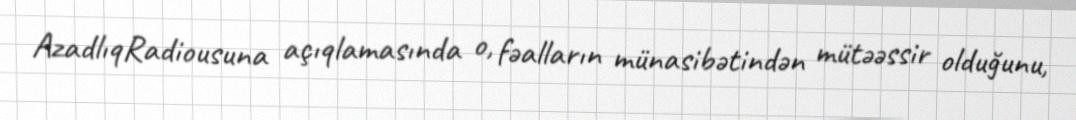
AzadlıqRadiousuna açıqlamasında o, fəalların münasibətindən mütəəssir olduğunu,